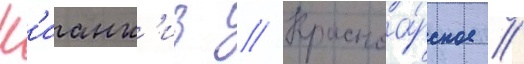
К'ианк'из // Красноа́рское //